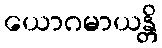
ယောဂမာယန္တိ